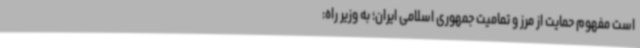
است مفهوم حمایت از مرز و تمامیت جمهوری اسلامی ایران؛ به وزیر راه: